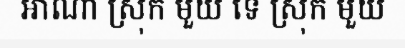
អាណា ស្រុក មួយ ទេ ស្រុក មួយ